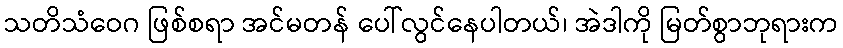
သတိသံဝေဂ ဖြစ်စရာ အင်မတန် ပေါ်လွင်နေပါတယ်၊ အဲဒါကို မြတ်စွာဘုရားက